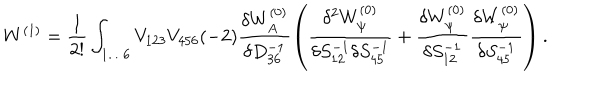
W ^ { ( 1 ) } = \frac { 1 } { 2 ! } \int _ { 1 \ldots 6 } V _ { 1 2 3 } V _ { 4 5 6 } ( - 2 ) \frac { \delta W _ { A } ^ { ( 0 ) } } { \delta D _ { 3 6 } ^ { - 1 } } \left( \frac { \delta ^ { 2 } W _ { \psi } ^ { ( 0 ) } } { \delta S _ { 1 2 } ^ { - 1 } \delta S _ { 4 5 } ^ { - 1 } } + \frac { \delta W _ { \psi } ^ { ( 0 ) } } { \delta S _ { 1 2 } ^ { - 1 } } \frac { \delta W _ { \psi } ^ { ( 0 ) } } { \delta S _ { 4 5 } ^ { - 1 } } \right) .